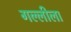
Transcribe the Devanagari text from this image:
गल्लीला